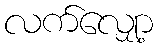
လက်လျှော့